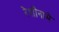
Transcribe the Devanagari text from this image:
रेशीनामे